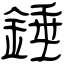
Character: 錘